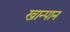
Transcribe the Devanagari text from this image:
खान्पान